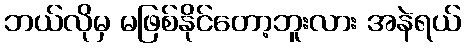
ဘယ်လိုမှ မဖြစ်နိုင်တော့ဘူးလား အနဲရယ်